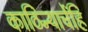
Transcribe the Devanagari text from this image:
काठिन्याचेंहि